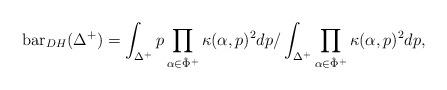
LaTeX: \begin{align*}\mathrm{bar}_{DH}(\Delta^+)=\int_{\Delta^+} p \prod_{\alpha \in \hat{\Phi}^+}\kappa (\alpha,p)^2 dp /\int_{\Delta^+} \prod_{\alpha \in \hat{\Phi}^+}\kappa (\alpha,p)^2 dp, \end{align*}